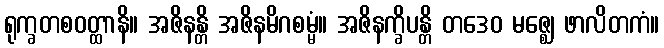
ရုက္ခတစဝတ္ထာနိ။ အဇိနန္တိ အဇိနမိဂစမ္မံ။ အဇိနက္ခိပန္တိ တဒေဝ မဇ္ဈေ ဖာလိတကံ။